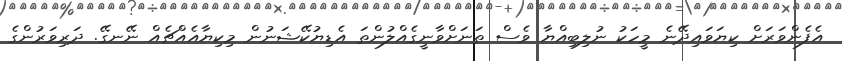
އެފެންވަރަށް ކިޔަވައިދޭނެ މީހަކު ނުލިބިއްޔާ ވެސް ތަނަށްވާނީގެއްލުންތަ އެޑިޔުކޭޝަނުން މިކިޔާއެއްޗެއް ނޭނގޭ. ދަރިވަރުންގެ